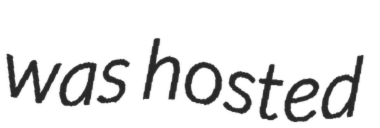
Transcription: was hosted